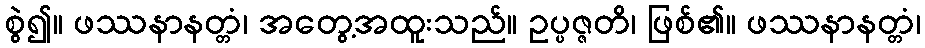
စွဲ၍။ ဖဿနာနတ္တံ၊ အတွေ့အထူးသည်။ ဥပ္ပဇ္ဇတိ၊ ဖြစ်၏။ ဖဿနာနတ္တံ၊